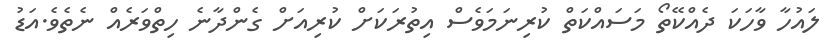
ލައުހާ ވާހަކަ ދެއްކޭތޯ މަސައްކަތް ކުރިނަމަވެސް އިތުރަކަށް ކުރިއަށް ގެންދާނެ ހިތްވަރެއް ނެތެވެ.އަޑު